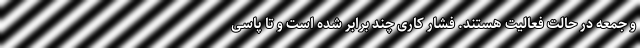
و جمعه در حالت فعالیت هستند. فشار کاری چند برابر شده است و تا پاسی